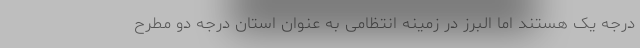
درجه یک هستند اما البرز در زمینه انتظامی به عنوان استان درجه دو مطرح